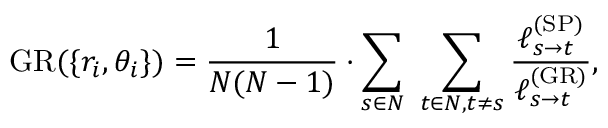
\mathrm { G R } ( \{ r _ { i } , \theta _ { i } \} ) = \frac { 1 } { N ( N - 1 ) } \cdot \sum _ { s \in N } \, \, \sum _ { t \in N , t \neq s } \frac { \ell _ { s \rightarrow t } ^ { \mathrm { ( S P ) } } } { \ell _ { s \rightarrow t } ^ { \mathrm { ( G R ) } } } ,